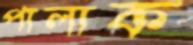
পালাক